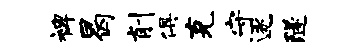
裨曷削俱克守逐隧